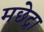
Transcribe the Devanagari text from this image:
मछेद्रा